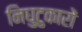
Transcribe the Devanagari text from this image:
निघुटुकारों